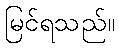
မြင်ရသည်။